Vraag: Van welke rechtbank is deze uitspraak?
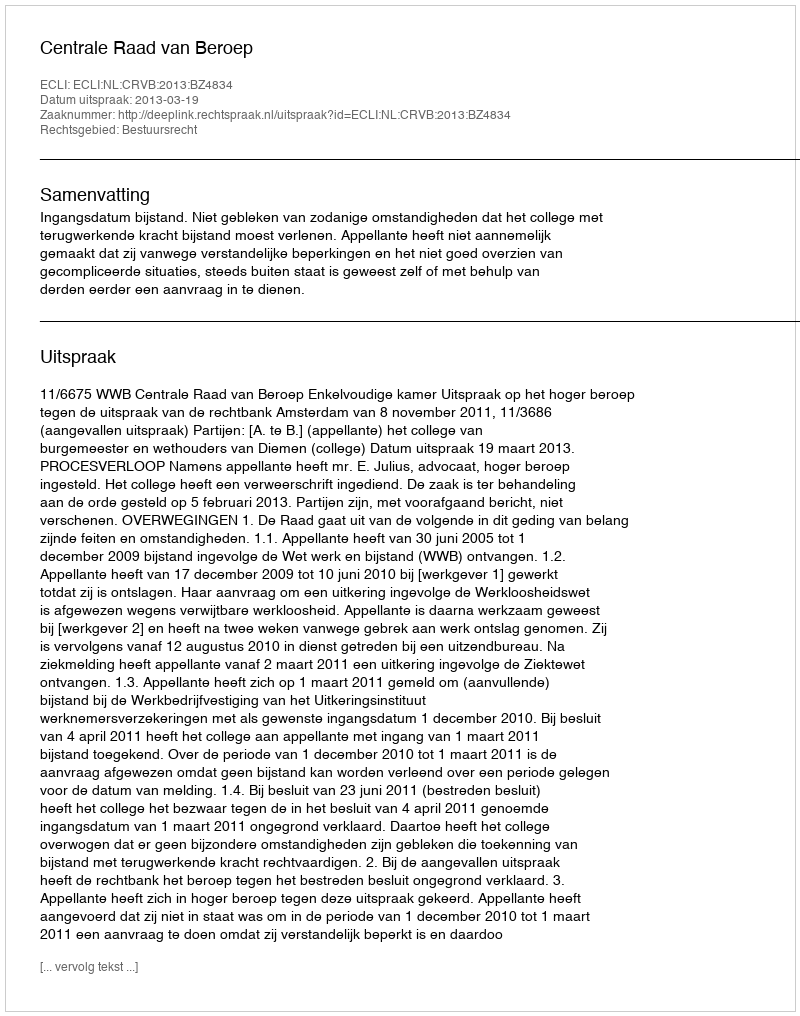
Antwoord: Centrale Raad van Beroep